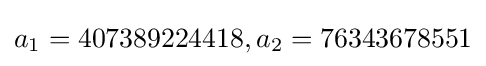
a_{1}=407389224418,a_{2}=76343678551